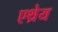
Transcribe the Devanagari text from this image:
एथ्रेय